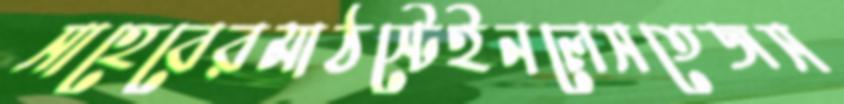
সাহেবেরমাঠস্টেইনলেসতেজস